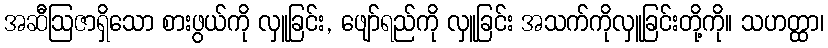
အဆီဩဇာရှိသော စားဖွယ်ကို လှူခြင်း, ဖျော်ရည်ကို လှူခြင်း အသက်ကိုလှူခြင်းတို့ကို။ သဟတ္ထာ၊